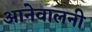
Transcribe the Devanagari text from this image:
आनेवालनी